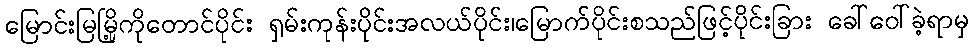
မြောင်းမြမြို့ကိုတောင်ပိုင်း ရှမ်းကုန်းပိုင်းအလယ်ပိုင်း၊မြောက်ပိုင်းစသည်ဖြင့်ပိုင်းခြား ခေါ်ဝေါ်ခဲ့ရာမှ